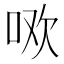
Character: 𭇳